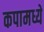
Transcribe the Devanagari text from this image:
कपामध्ये